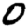
Digit: 0